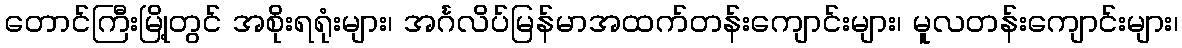
တောင်ကြီးမြို့တွင် အစိုးရရုံးများ၊ အင်္ဂလိပ်မြန်မာအထက်တန်းကျောင်းများ၊ မူလတန်းကျောင်းများ၊